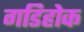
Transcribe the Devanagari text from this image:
गडिहोक